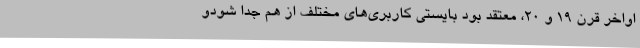
اواخر قرن 19 و 20، معتقد بود بایستی کاربری‌های مختلف از هم جدا شودو